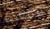
المعذرة